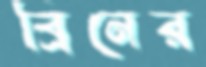
ব্রিনের